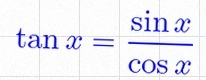
\tan x=\frac{\sin x}{\cos x}